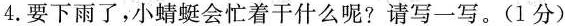
4.要下雨了，小蜻蜓会忙着干什么呢?请写一写。(1分)